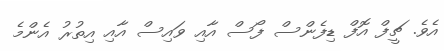
އެވެ. ޗީފް އޮފް ޑިފެންސް ފޯސް އާއި ވައިސް އާއި އިތުރު އެންމެ